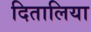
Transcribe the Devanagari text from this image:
दितालिया